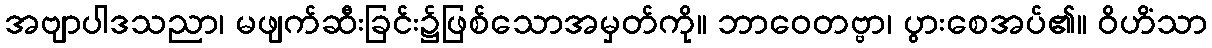
အဗျာပါဒသညာ၊ မဖျက်ဆီးခြင်း၌ဖြစ်သောအမှတ်ကို။ ဘာဝေတဗ္ဗာ၊ ပွားစေအပ်၏။ ဝိဟိံသာ